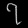
Digit: ၇